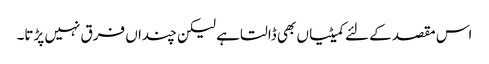
اس مقصد کے لئے کمیٹیاں بھی ڈالتا ہے لیکن چنداں فرق نہیں پڑتا۔